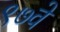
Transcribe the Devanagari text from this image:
९७वे